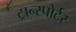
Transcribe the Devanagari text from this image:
ट्रान्स्पोर्टर